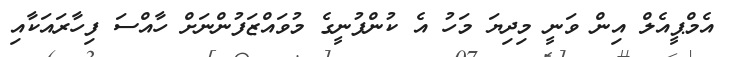
އެމްޕީއެލް އިން ވަނީ މިދިޔަ މަހު އެ ކުންފުނީގެ މުވައްޒަފުންނަށް ހާއްސަ ފިހާރައަކާއި